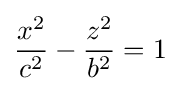
{\frac {x^{2}}{c^{2}}}-{\frac {z^{2}}{b^{2}}}=1\;